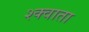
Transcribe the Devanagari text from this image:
श्क्वाता